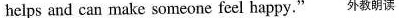
helps and can make someone feel happy." 外教朗读